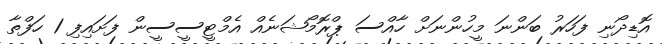
އޮޑިދޯނި ފަހަރު ބަންނަ މީހުންނަށް ހާއްސަ ޕްރޮމޯޝަނެއް އެމްޓީސީސީން ފަށައިފި 1 ހަފްތާ